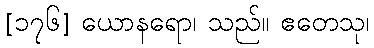
[၁၇၆] ယောနရော၊ သည်။ ဧတေသု၊